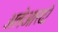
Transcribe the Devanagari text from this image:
अलेआरदो